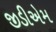
જીડીએમ